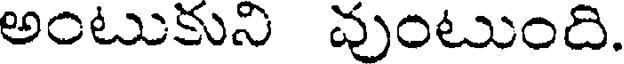
అంటుకుని వుంటుంది.